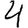
Digit: 4